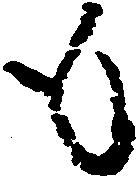
も